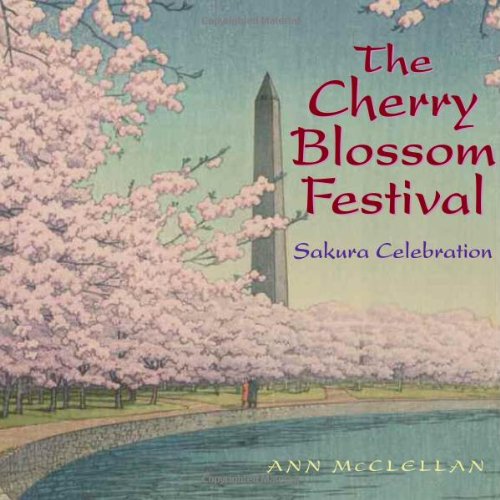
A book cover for The Cherry Blossom Festival: Sakura Celebration; Ann McClellan; Crafts, Hobbies & Home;